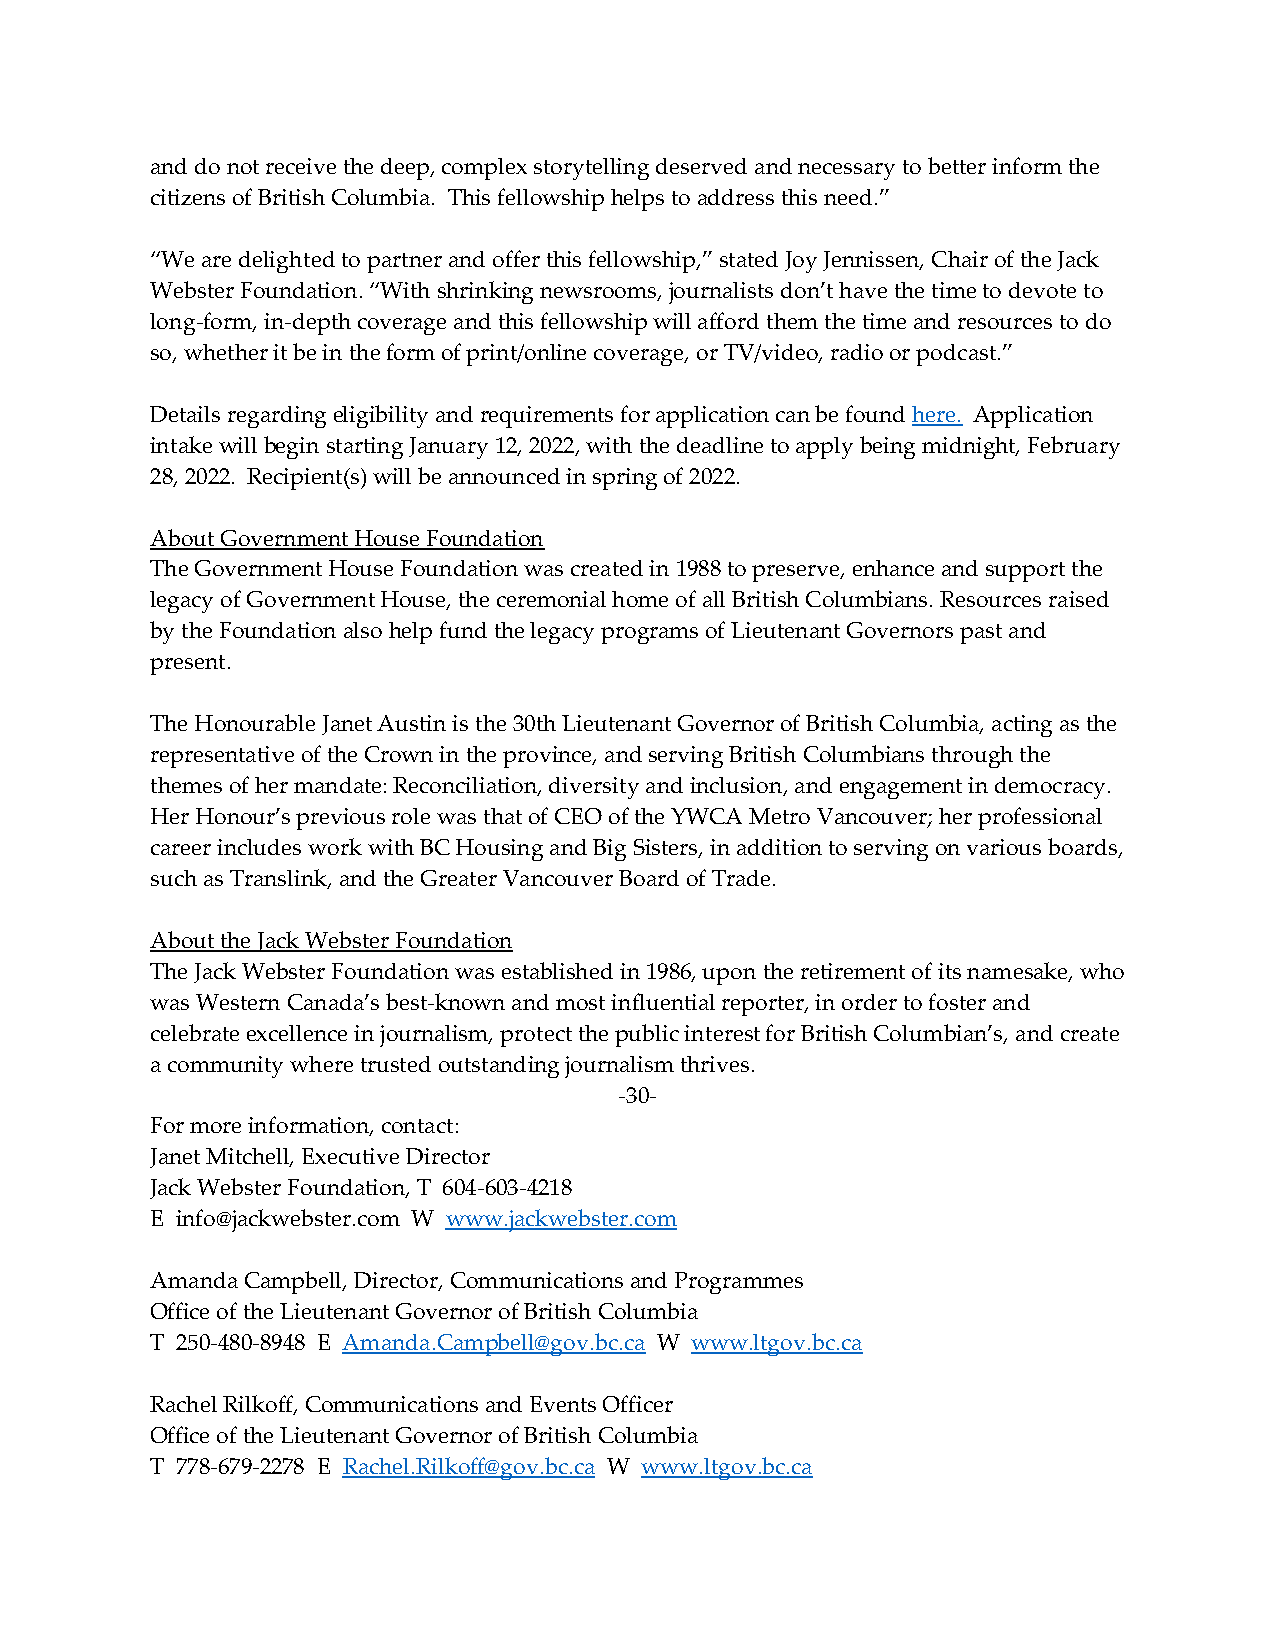
and do not receive the deep, complex storytelling deserved and necessary to better inform the
 citizens of British Columbia. This fellowship helps to address this need.”
 “We are delighted to partner and offer this fellowship,” stated Joy Jennissen, Chair of the Jack
 Webster Foundation. “With shrinking newsrooms, journalists don’t have the time to devote to
 long-form, in-depth coverage and this fellowship will afford them the time and resources to do
 so, whether it be in the form of print/online coverage, or TV/video, radio or podcast.”
 Details regarding eligibility and requirements for application can be found here. Application
 intake will begin starting January 12, 2022, with the deadline to apply being midnight, February
 28, 2022. Recipient(s) will be announced in spring of 2022.
 About Government House Foundation
 The Government House Foundation was created in 1988 to preserve, enhance and support the
 legacy of Government House, the ceremonial home of all British Columbians. Resources raised
 by the Foundation also help fund the legacy programs of Lieutenant Governors past and
 present.
 The Honourable Janet Austin is the 30th Lieutenant Governor of British Columbia, acting as the
 representative of the Crown in the province, and serving British Columbians through the
 themes of her mandate: Reconciliation, diversity and inclusion, and engagement in democracy.
 Her Honour’s previous role was that of CEO of the YWCA Metro Vancouver; her professional
 career includes work with BC Housing and Big Sisters, in addition to serving on various boards,
 such as Translink, and the Greater Vancouver Board of Trade.
 About the Jack Webster Foundation
 The Jack Webster Foundation was established in 1986, upon the retirement of its namesake, who
 was Western Canada’s best-known and most influential reporter, in order to foster and
 celebrate excellence in journalism, protect the public interest for British Columbian’s, and create
 a community where trusted outstanding journalism thrives.
 -30-
 For more information, contact:
 Janet Mitchell, Executive Director
 Jack Webster Foundation, T 604-603-4218
 E info@jackwebster.com W www.jackwebster.com
 Amanda Campbell, Director, Communications and Programmes
 Office of the Lieutenant Governor of British Columbia
 T 250-480-8948 E Amanda.Campbell@gov.bc.ca W www.ltgov.bc.ca
 Rachel Rilkoff, Communications and Events Officer
 Office of the Lieutenant Governor of British Columbia
 T 778-679-2278 E Rachel.Rilkoff@gov.bc.ca W www.ltgov.bc.ca